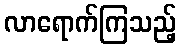
လာရောက်ကြသည့်